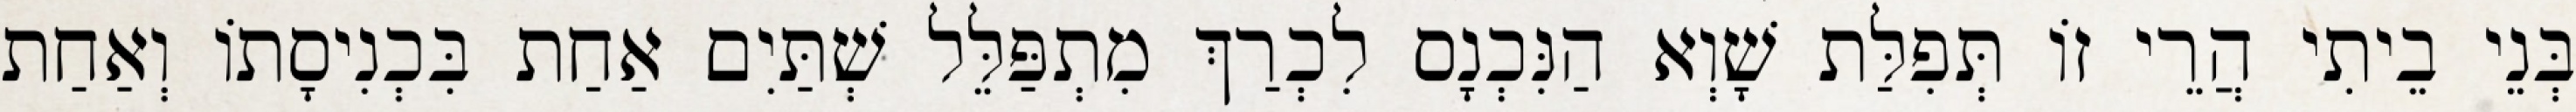
בְּנֵי בֵיתִי הֲרֵי זוֹ תְּפִלַּת שָׁוְא הַנִּכְנָס לִכְרַךְ מִתְפַּלֵּל שְׁתַּיִם אַחַת בִּכְנִיסָתוֹ וְאַחַת